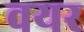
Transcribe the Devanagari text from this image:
वयर